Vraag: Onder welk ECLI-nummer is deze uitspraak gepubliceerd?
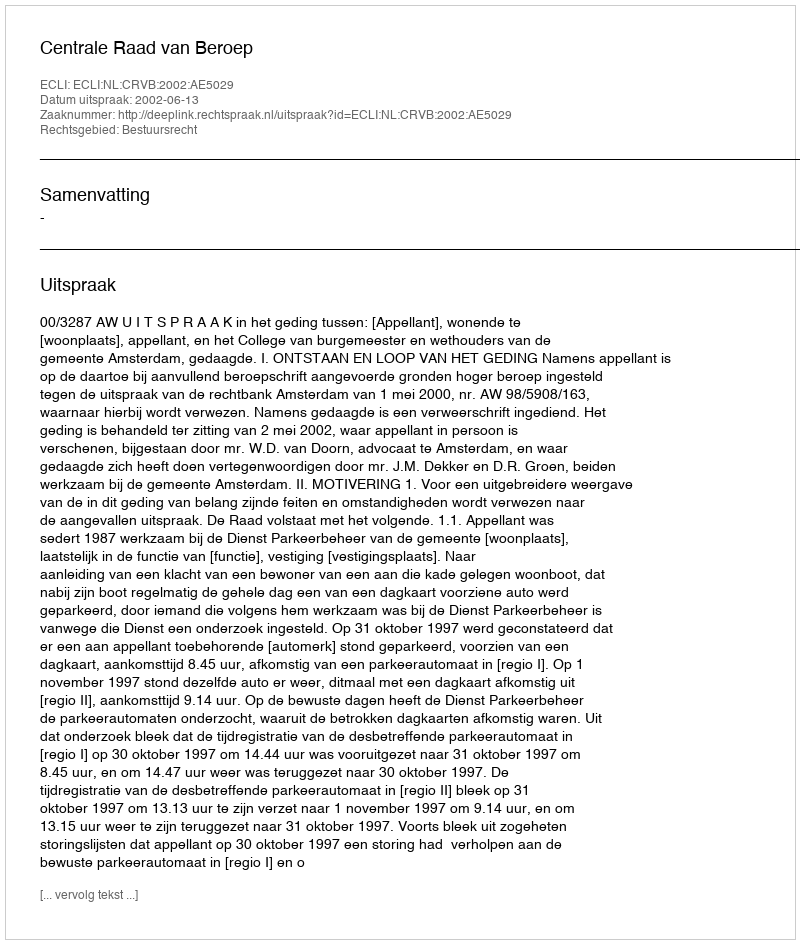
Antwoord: ECLI:NL:CRVB:2002:AE5029